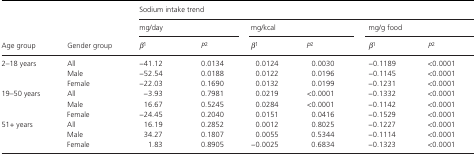
| <ROWSPAN=3> Age group | <ROWSPAN=3> Gender group | <COLSPAN=6> Sodium intake trend |
 | <COLSPAN=2> mg/day | <COLSPAN=2> mg/kcal | <COLSPAN=2> mg/g food |
 | β1 | P2 | β1 | P2 | β1 | P2 |
 | --- | --- | --- | --- | --- | --- | --- | --- |
 | <ROWSPAN=3> 2–18 years | All | −41.12 | 0.0134 | 0.0124 | 0.0030 | −0.1189 | <0.0001 |
 | Male | −52.54 | 0.0188 | 0.0122 | 0.0196 | −0.1145 | <0.0001 |
 | Female | −22.03 | 0.1690 | 0.0132 | 0.0199 | −0.1231 | <0.0001 |
 | <ROWSPAN=3> 19–50 years | All | −3.93 | 0.7981 | 0.0219 | <0.0001 | −0.1332 | <0.0001 |
 | Male | 16.67 | 0.5245 | 0.0284 | <0.0001 | −0.1142 | <0.0001 |
 | Female | −24.45 | 0.2040 | 0.0151 | 0.0416 | −0.1529 | <0.0001 |
 | <ROWSPAN=3> 51+ years | All | 16.19 | 0.2852 | 0.0012 | 0.8025 | −0.1227 | <0.0001 |
 | Male | 34.27 | 0.1807 | 0.0055 | 0.5344 | −0.1114 | <0.0001 |
 | Female | 1.83 | 0.8905 | −0.0025 | 0.6834 | −0.1323 | <0.0001 |